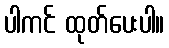
ပါကင် ထုတ်ပေးပါ။